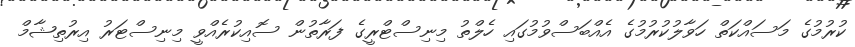
ކުރުމުގެ މަސައްކަތް ހަވާލުކުރުމުގެ އެއްބަސްވުމުގައި ހެލްތު މިނިސްޓްރީގެ ފަރާތުން ސޮއިކުރެއްވީ މިނިސްޓަރު އިރުތިޝާމް